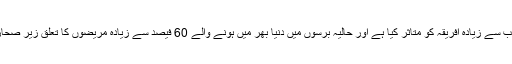
اس بیماری نے سب سے زیادہ افریقہ کو متاثر کیا ہے اور حالیہ برسوں میں دنیا بھر میں ہونے والے 60 فیصد سے زیادہ مریضوں کا تعلق زیرِ صحارا افریقہ سے ہے۔